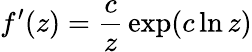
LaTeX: f^{\prime}(z)={\frac{c}{z}}\exp(c\ln z)